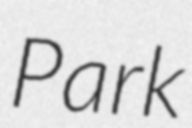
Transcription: Park